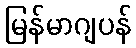
မြန်မာဂျပန်